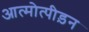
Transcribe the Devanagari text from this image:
आत्मोत्पीड़न